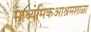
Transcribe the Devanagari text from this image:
माध्यमिकआश्रमशाळा